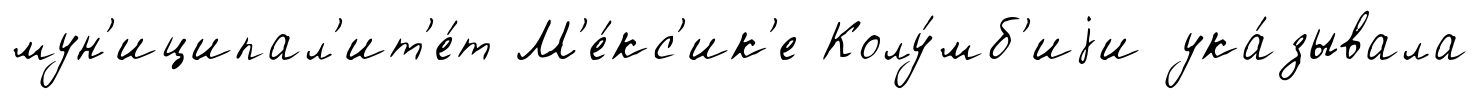
мун'иципал'ит'е́т М'е́кс'ик'е Колу́мб'иjи ука́зывала